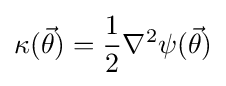
\kappa ({\vec {\theta }})={\frac {1}{2}}\nabla ^{2}\psi ({\vec {\theta }})